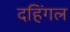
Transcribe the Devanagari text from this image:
दहिंगल